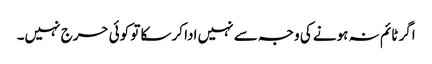
اگر ٹائم نہ ہونے کی وجہ سے نہیں ادا کرسکا تو کوئی حرج نہیں۔